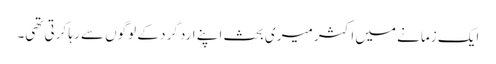
ایک زمانے میں اکثر میری بحث اپنے ارد گرد کے لوگوں سے رہا کرتی تھی۔